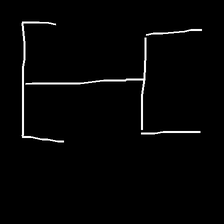
Glyph: entwine